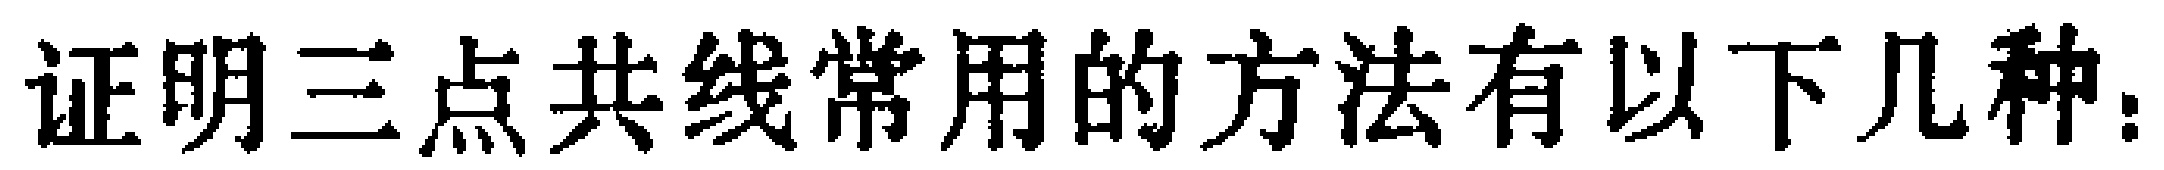
证明三点共线常用的方法有以下几种：